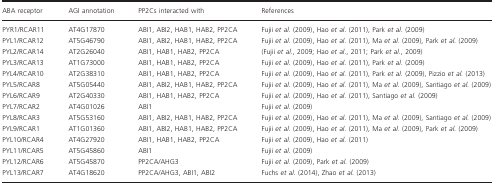
<table><thead><tr><td><b>ABA receptor</b></td><td><b>AGI annotation</b></td><td><b>PP2Cs interacted with</b></td><td><b>References</b></td></tr></thead><tbody><tr><td>PYR1/RCAR11</td><td>AT4G17870</td><td>ABI1, ABI2, HAB1, HAB2, PP2CA</td><td>Fujii <i>et al</i>. (2009), Hao <i>et al</i>. (2011), Park <i>et al</i>. (2009)</td></tr><tr><td>PYL1/RCAR12</td><td>AT5G46790</td><td>ABI1, ABI2, HAB1, HAB2, PP2CA</td><td>Fujii <i>et al</i>. (2009), Hao <i>et al</i>. (2011), Ma <i>et al</i>. (2009), Park <i>et al</i>. (2009)</td></tr><tr><td>PYL2/RCAR14</td><td>AT2G26040</td><td>ABI1, HAB1, HAB2, PP2CA</td><td>(Fujii <i>et al</i>., 2009; Hao <i>et al</i>., 2011; Park <i>et al</i>., 2009)</td></tr><tr><td>PYL3/RCAR13</td><td>AT1G73000</td><td>ABI1, HAB1, HAB2, PP2CA</td><td>Fujii <i>et al</i>. (2009), Hao <i>et al</i>. (2011), Park <i>et al</i>. (2009)</td></tr><tr><td>PYL4/RCAR10</td><td>AT2G38310</td><td>ABI1, HAB1, HAB2, PP2CA</td><td>Fujii <i>et al</i>. (2009), Hao <i>et al</i>. (2011), Park <i>et al</i>. (2009), Pizzio <i>et al</i>. (2013)</td></tr><tr><td>PYL5/RCAR8</td><td>AT5G05440</td><td>ABI1, ABI2, HAB1, HAB2, PP2CA</td><td>Fujii <i>et al</i>. (2009), Hao <i>et al</i>. (2011), Ma <i>et al</i>. (2009), Santiago <i>et al</i>. (2009)</td></tr><tr><td>PYL6/RCAR9</td><td>AT2G40330</td><td>ABI1, HAB1, HAB2, PP2CA</td><td>Fujii <i>et al</i>. (2009), Hao <i>et al</i>. (2011), Santiago <i>et al</i>. (2009)</td></tr><tr><td>PYL7/RCAR2</td><td>AT4G01026</td><td>ABI1</td><td>Fujii <i>et al</i>. (2009)</td></tr><tr><td>PYL8/RCAR3</td><td>AT5G53160</td><td>ABI1, ABI2, HAB1, HAB2, PP2CA</td><td>Fujii <i>et al</i>. (2009), Hao <i>et al</i>. (2011), Ma <i>et al</i>. (2009), Santiago <i>et al</i>. (2009)</td></tr><tr><td>PYL9/RCAR1</td><td>AT1G01360</td><td>ABI1, ABI2, HAB1, HAB2, PP2CA</td><td>Fujii <i>et al</i>. (2009), Hao <i>et al</i>. (2011), Ma <i>et al</i>. (2009), Park <i>et al</i>. (2009)</td></tr><tr><td>PYL10/RCAR4</td><td>AT4G27920</td><td>ABI1, HAB1, HAB2, PP2CA</td><td>Fujii <i>et al</i>. (2009), Hao <i>et al</i>. (2011)</td></tr><tr><td>PYL11/RCAR5</td><td>AT5G45860</td><td>ABI1</td><td>Fujii <i>et al</i>. (2009)</td></tr><tr><td>PYL12/RCAR6</td><td>AT5G45870</td><td>PP2CA/AHG3</td><td>Fujii <i>et al</i>. (2009), Park <i>et al</i>. (2009)</td></tr><tr><td>PYL13/RCAR7</td><td>AT4G18620</td><td>PP2CA/AHG3, ABI1, ABI2</td><td>Fuchs <i>et al</i>. (2014), Zhao <i>et al</i>. (2013)</td></tr></tbody></table>